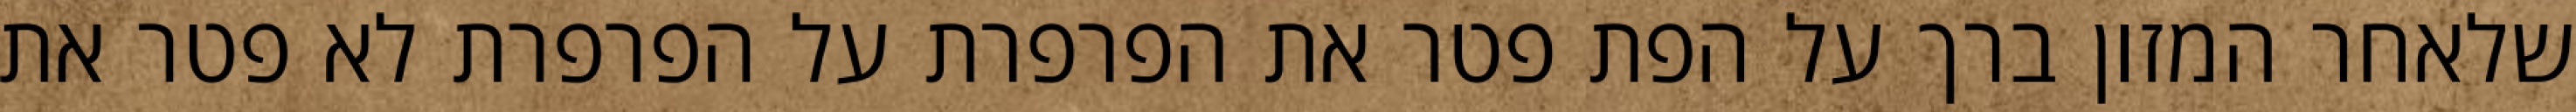
שלאחר המזון ברך על הפת פטר את הפרפרת על הפרפרת לא פטר את